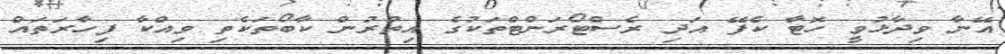
އޭނާ ވިދާޅުވީ ހޮޓާ ކެފޭ އަދި ރެސްޓޯރަންޓްތަކުގެ އިތުރުން ކާބޯތަކެތި ވިއްކާ ފިހާރަތައް